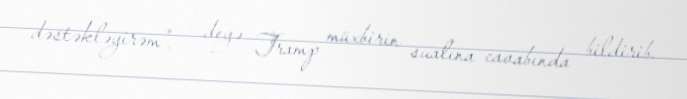
dəstəkləyirəm”, - deyə Tramp müxbirin sualına cavabında bildirib.